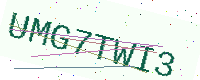
Text: UMG7TWI3